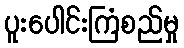
ပူးပေါင်းကြံစည်မှု